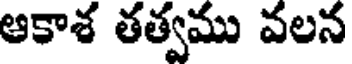
ఆకాశ తత్వము వలన